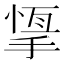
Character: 𢰨